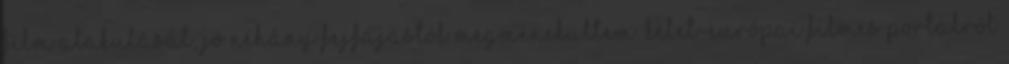
film alakulását, jó néhány fejfájástól megmenekültem. Kelet-európai filmes portálról